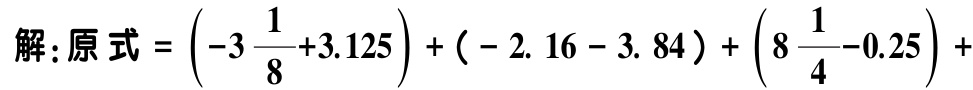
解：原式 = \(\left(-3\frac{1}{8}+3.125\right)+(-2.16 - 3.84)+\left(8\frac{1}{4}-0.25\right)+\)